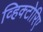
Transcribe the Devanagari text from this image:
व्हिक्टोरिए